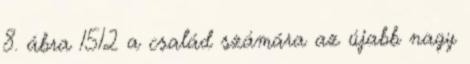
8. ábra 1512 a család számára az újabb nagy